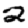
Digit: 2